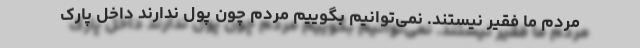
مردم ما فقیر نیستند. نمی‌توانیم بگوییم مردم چون پول ندارند داخل پارک